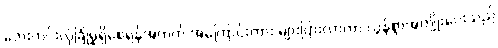
ဘေးကင်းလုံခြုံမှုရှိစေရန်အတွက် အကြောင်းကား များပြားလာကာ လွန်စွာအကျိုးပေးသည်